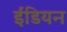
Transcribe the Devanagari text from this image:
ईंडियन